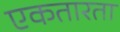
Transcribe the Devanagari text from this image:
एकतारता